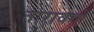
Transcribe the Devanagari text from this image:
तारावर्गो